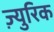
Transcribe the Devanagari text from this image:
ज़्युरिक